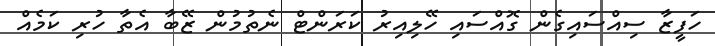
ހަފީޒާ ސިއްސައިގެން ގޮއްސައި ހޭލިއިރު ކަރަންޓް ނެތުމުން ޒޭބާ އެތާ ހުރި ކަމެއް